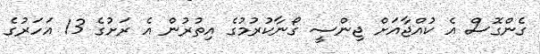
ގެންގޮސް އެ ކުއްޖާއަށް ޖިންސީ ގޯނާކުރުމުގެ އިތުރުން އެ ރަށުގެ 13 އަހަރުގެ